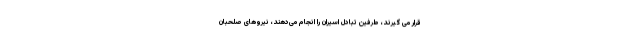
قرار می گیرند، طرفین تبادل اسیران را انجام می‌دهند، نیروهای صلحبان